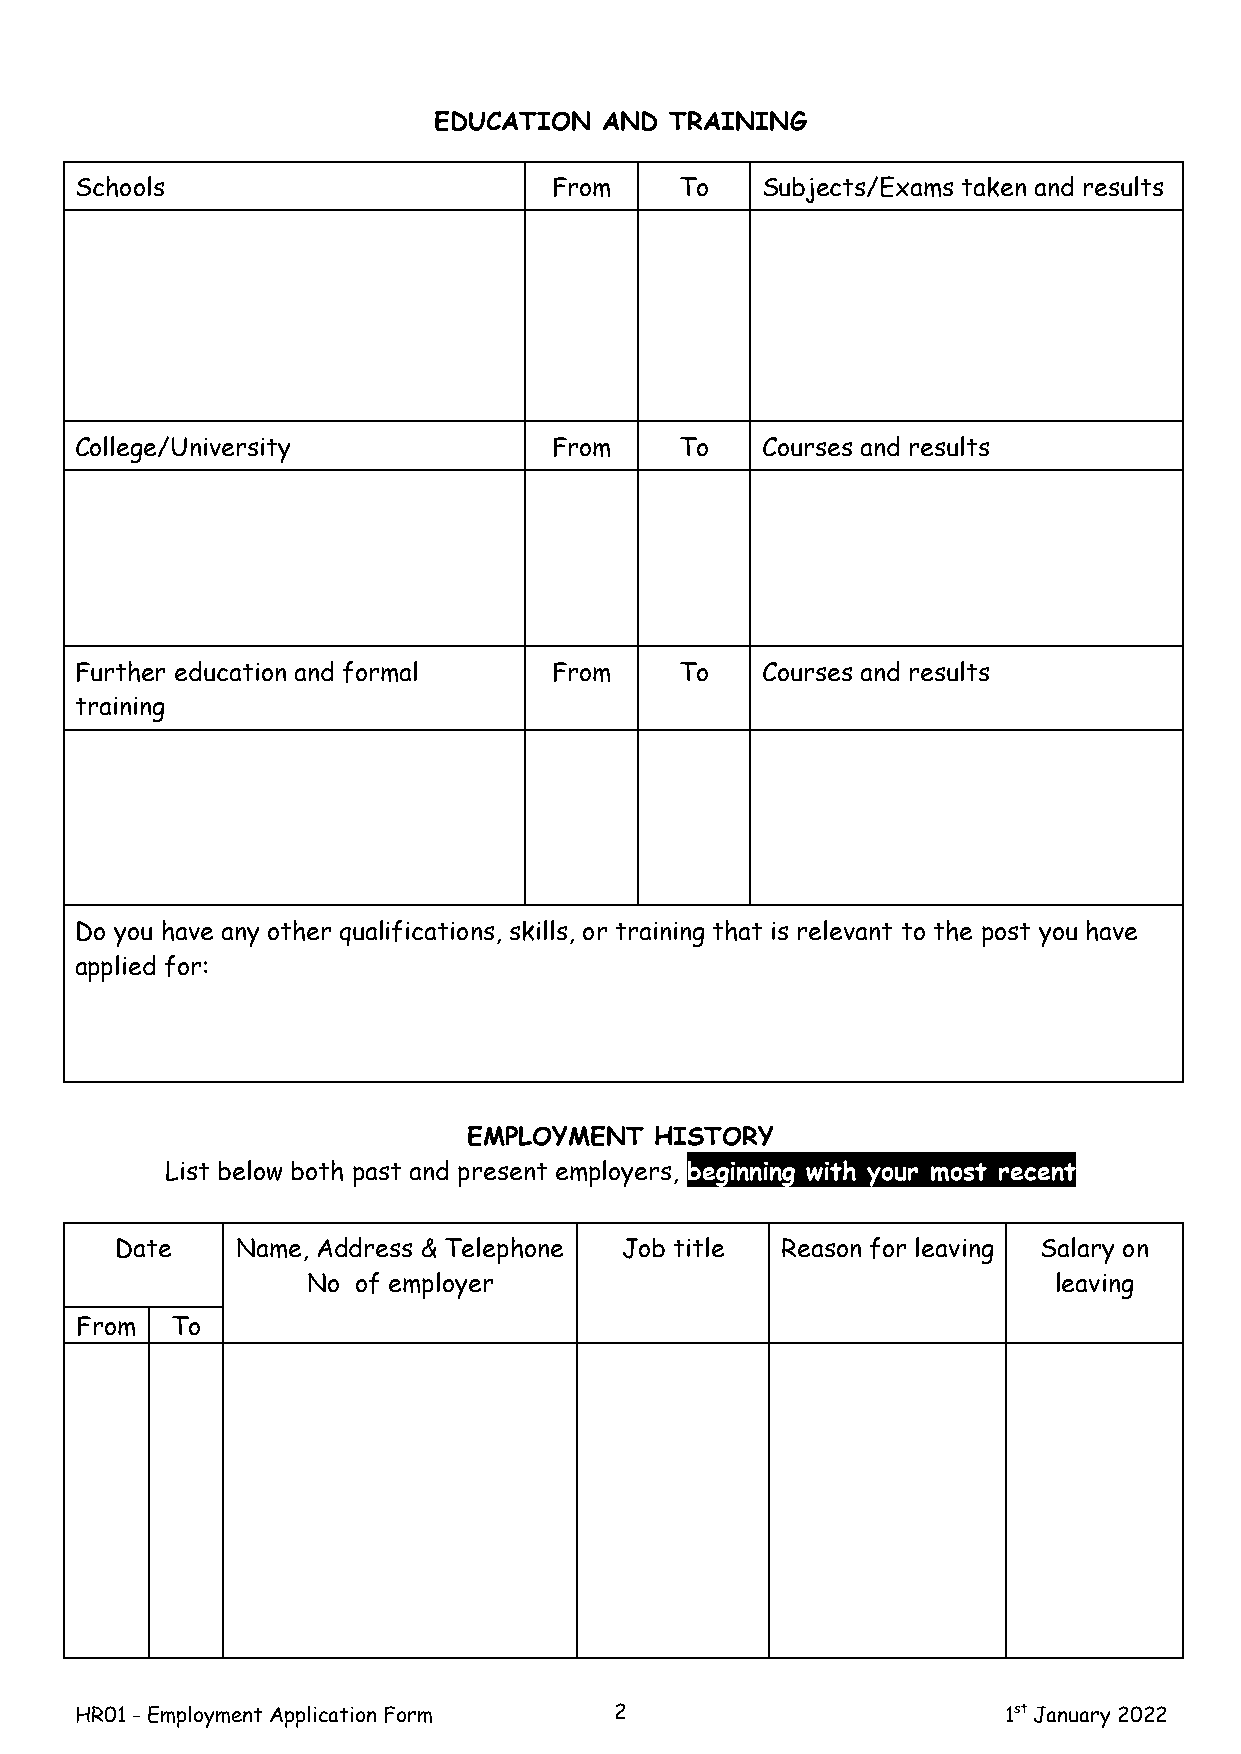
EDUCATION  AND TRAINING
 Schools                         From    To   Subjects/Exams taken and results
 College/University              From    To   Courses and results
 Further education and formal    From    To   Courses and results
 training
 Do you have any other qualifications, skills, or training that is relevant to the post you have
 applied for:
 EMPLOYMENT  HISTORY
 List below both past and present employers, beginning with your most recent
 Date    Name, Address & Telephone Job title Reason for leaving Salary on
 No of employer                                    leaving
 From  To
 HR01 - Employment Application Form  2                         1st January 2022